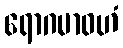
ရောဂမာဝဟံ